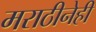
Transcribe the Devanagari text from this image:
मराठीनेही